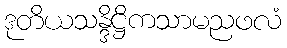
ဒုတိယသန္ဒိဋ္ဌိကသာမညဖလံ